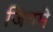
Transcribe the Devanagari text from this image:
जिगमे